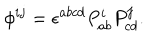
\phi ^ { i j } = \epsilon ^ { a b c d } P _ { a b } ^ { i } P _ { c d } ^ { j } .